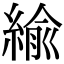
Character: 緰